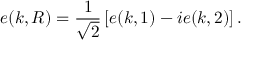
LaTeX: { \boldsymbol { e } } ( { \boldsymbol { k } } , R ) = { \frac { 1 } { \sqrt { 2 } } } \left[ { \boldsymbol { e } } ( { \boldsymbol { k } } , 1 ) - i { \boldsymbol { e } } ( { \boldsymbol { k } } , 2 ) \right] .